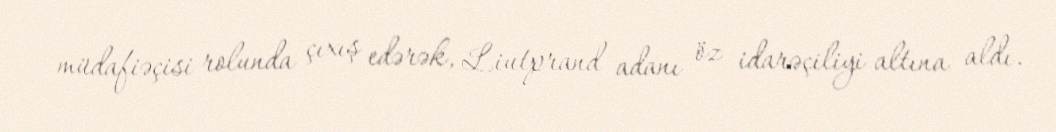
müdafiəçisi rolunda çıxış edərək, Liutprand adanı öz idarəçiliyi altına aldı.